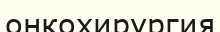
онкохирургия